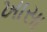
ખાસા